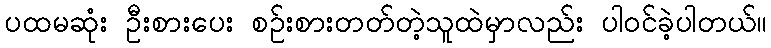
ပထမဆုံး ဦးစားပေး စဉ်းစားတတ်တဲ့သူထဲမှာလည်း ပါဝင်ခဲ့ပါတယ်။